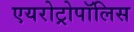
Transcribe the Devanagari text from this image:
एयरोट्रोपॉलिस